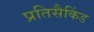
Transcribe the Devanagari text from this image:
प्रतिसैकिंड